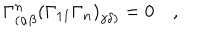
\Gamma _ { ( \alpha \beta } ^ { n } \left( \Gamma _ { 1 1 } \Gamma _ { n } \right) _ { \gamma \delta ) } = 0 \quad ,